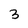
Character: 3